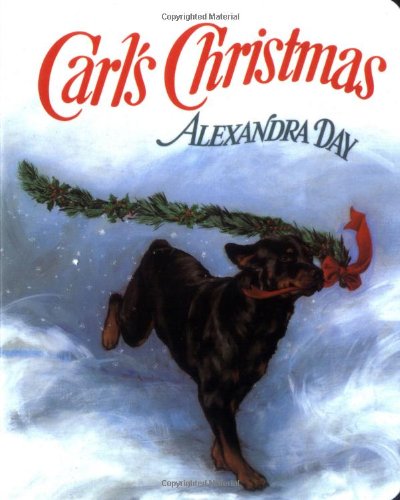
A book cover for Carl's Christmas; Alexandra Day; Children's Books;